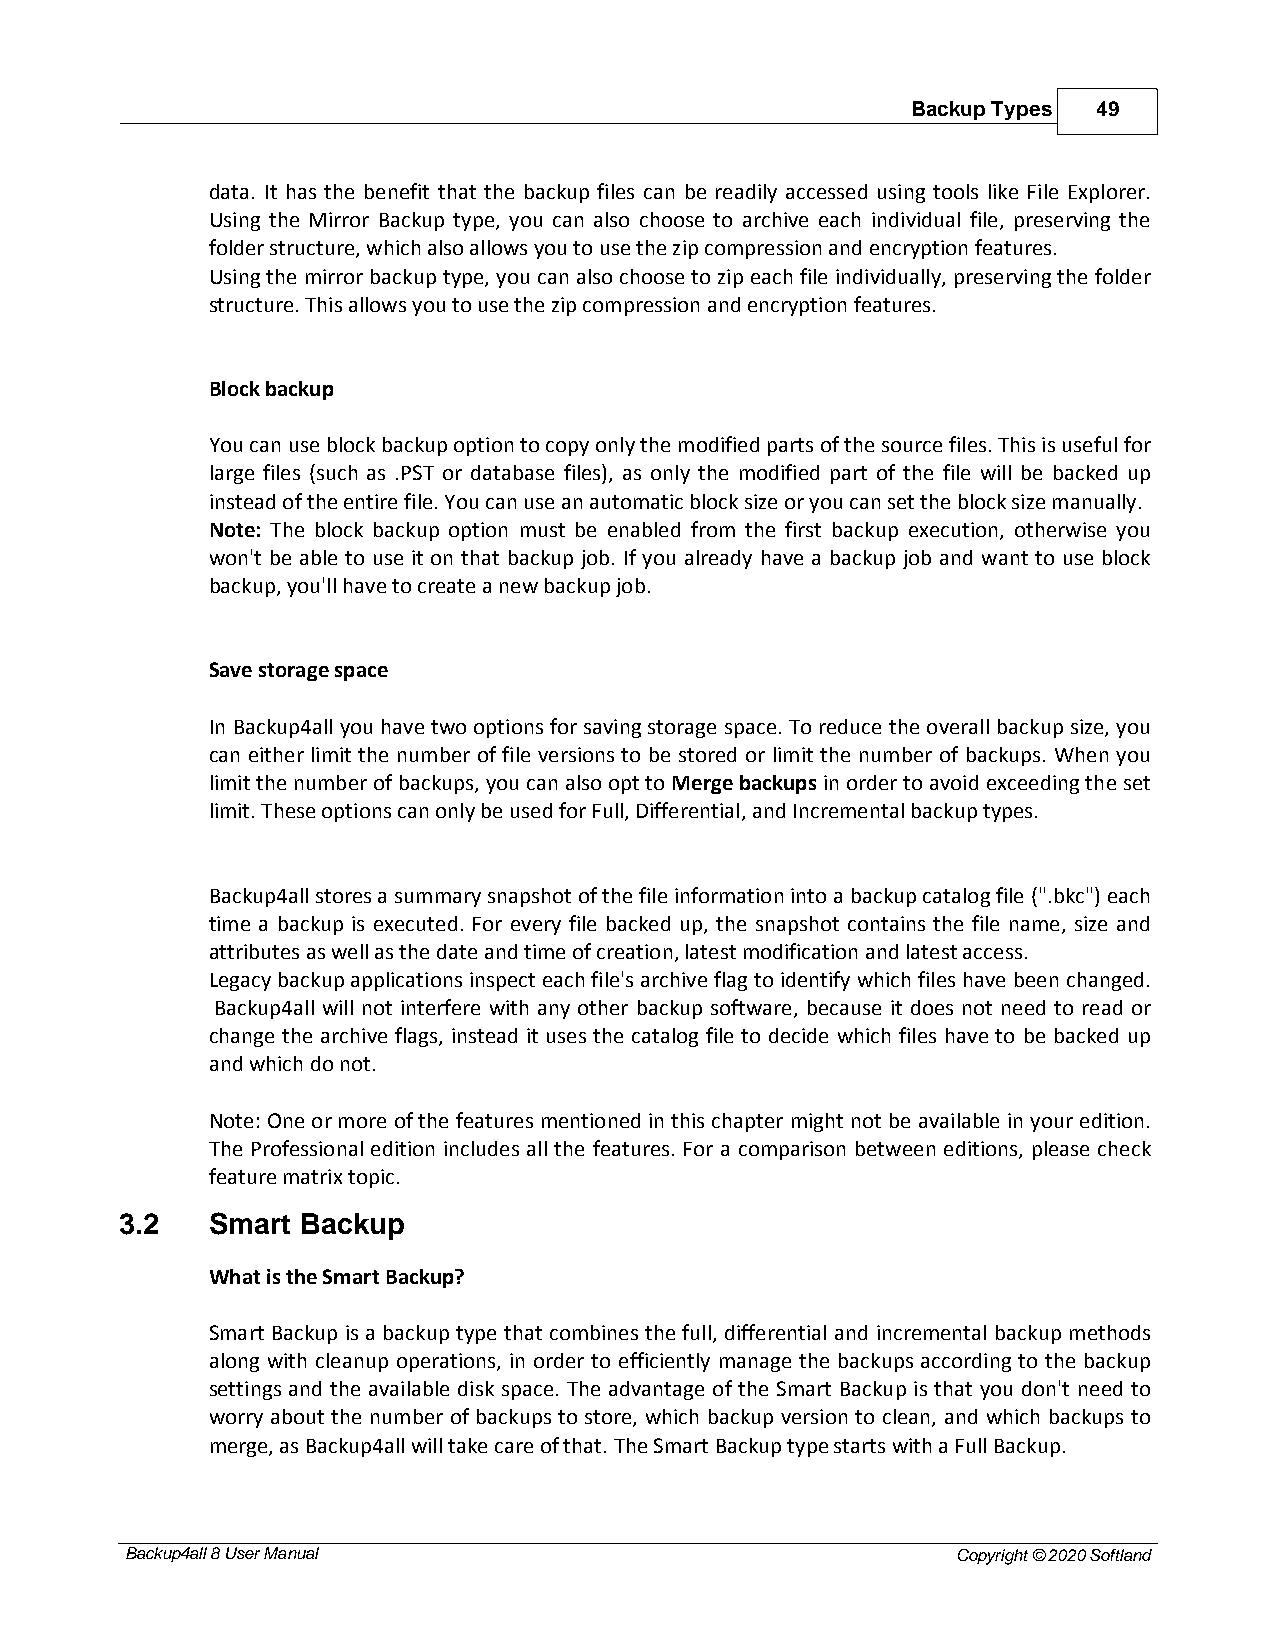
Backup Types 49
 data. It has the benefit that the backup files can be readily accessed using tools like File Explorer.
 Using the Mirror Backup type, you can also choose to archive each individual file, preserving the
 folder structure, which also allows you to use the zip compression and encryption features.
 Using the mirror backup type, you can also choose to zip each file individually, preserving the folder
 structure. This allows you to use the zip compression and encryption features.
 Block backup
 You can use block backup option to copy only the modified parts of the source files. This is useful for
 large files (such as .PST or database files), as only the modified part of the file will be backed up
 instead of the entire file. You can use an automatic block size or you can set the block size manually.
 Note: The block backup option must be enabled from the first backup execution, otherwise you
 won't be able to use it on that backup job. If you already have a backup job and want to use block
 backup, you'll have to create a new backup job.
 Save storage space
 In Backup4all you have two options for saving storage space. To reduce the overall backup size, you
 can either limit the number of file versions to be stored or limit the number of backups. When you
 limit the number of backups, you can also opt to Merge backups in order to avoid exceeding the set
 limit. These options can only be used for Full, Differential, and Incremental backup types.
 Backup4all stores a summary snapshot of the file information into a backup catalog file (".bkc") each
 time a backup is executed. For every file backed up, the snapshot contains the file name, size and
 attributes as well as the date and time of creation, latest modification and latest access.
 Legacy backup applications inspect each file's archive flag to identify which files have been changed.
 Backup4all will not interfere with any other backup software, because it does not need to read or
 change the archive flags, instead it uses the catalog file to decide which files have to be backed up
 and which do not.
 Note: One or more of the features mentioned in this chapter might not be available in your edition.
 The Professional edition includes all the features. For a comparison between editions, please check
 feature matrix topic.
 3.2   Smart Backup
 What is the Smart Backup?
 Smart Backup is a backup type that combines the full, differential and incremental backup methods
 along with cleanup operations, in order to efficiently manage the backups according to the backup
 settings and the available disk space. The advantage of the Smart Backup is that you don't need to
 worry about the number of backups to store, which backup version to clean, and which backups to
 merge, as Backup4all will take care of that. The Smart Backup type starts with a Full Backup.
 Backup4all 8 User Manual                               Copyright © 2020 Softland